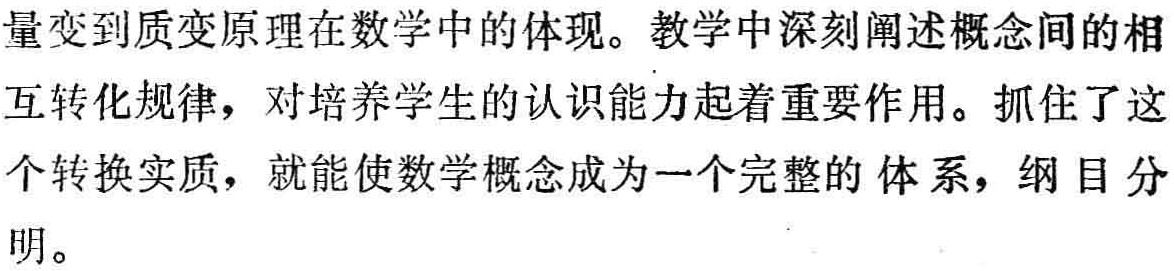
量变到质变原理在数学中的体现。教学中深刻阐述概念间的相
互转化规律，对培养学生的认识能力起着重要作用。抓住了这
个转换实质，就能使数学概念成为一个完整的体系，纲目分
明。